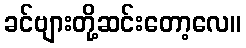
ခင်ဗျားတို့ဆင်းတော့လေ။